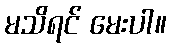
မသိရင် မေးပါ။